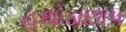
હથોડાછાપ